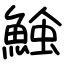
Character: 𩸈